Report on vaccination in Madras 1922-1929 - 1922-1929
Year: 1922
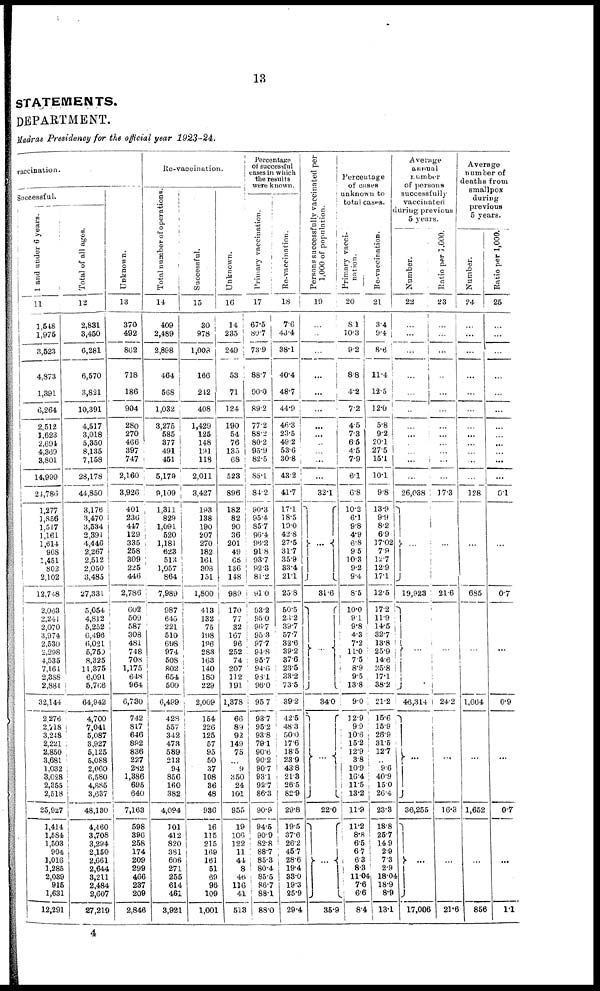
13
STATEMENTS.
DEPARTMENT.
Madras Presidency for the official year 1923-24.
vaccination.
Successful.
1 and under 6 years.
11
1,548
1,975
3,523
4,873
1,391
6,264
2,512
1,623
2,694
4,369
3,801
14,999
21,786
1,277
1,856
1,517
1,161
1,614
968
1,451
802
2,102
12,748
2,083
2,241
2,070
3,974
2,530
2,298
4,535
7,164
2,388
2,881
32,144
2,276
2,718
3,248
2,221
2,850
3,681
1,032
3,028
2,355
2,518
25,927
1,414
1,584
1,503
904
1,016
1,285
2,039
915
1,631
12,291
Total of all ages.
12
2,831
3,450
6,281
6,570
3,821
10,391
4,517
3,018
5,350
8,135
7,158
28,178
44,850
3,176
3,470
3,534
2,391
4,446
2,267
2,512
2,050
3,485
27,331
5,054
4,812
5,252
6,496
6,021
5,750
8,325
11,375
6,091
5,766
64,942
4,700
7,041
5,087
3,927
5,125
5,088
2,060
6,580
4,885
3,637
48,130
4,460
3,708
3,294
2,150
2,661
2,644
3,211
2,484
2,607
27,219
Unknown.
13
370
492
862
718
186
904
280
270
466
397
747
2,160
3,926
401
236
447
129
335
258
309
225
446
2,786
602
509
587
308
481
748
708
1,175
648
964
6,730
742
817
646
892
836
227
282
1,386
695
640
7,163
598
396
258
174
209
299
466
237
209
2,846
Re-vaccination.
Total number of operations.
14
409
2,489
2,898
464
568
1,032
3,275
585
377
491
451
5,179
9,109
1,311
829
1,091
520
1,181
623
513
1,057
864
7,989
987
645
221
510
698
974
508
802
654
500
6,499
428
557
342
473
589
213
94
856
160
382
4,094
101
412
820
381
606
271
255
614
461
3,921
Successful.
15
30
978
1,008
166
242
408
1,429
125
148
191
118
2,011
3,427
193
138
190
207
270
182
161
308
151
1,800
413
132
75
198
196
283
163
140
180
229
2,009
154
226
125
57
95
50
37
108
36
48
936
16
115
215
169
161
51
69
96
109
1,001
Unknown.
16
14
235
249
53
71
124
190
54
76
135
68
523
896
182
82
90
36
201
49
65
136
148
989
170
77
32
167
96
252
74
207
112
191
1,378
66
89
92
149
75
...
9
350
24
101
955
19
106
122
11
44
8
46
116
41
513
Percentage
of successful
cases in which
the results
were known.
Primary vaccination.
17
67.5
80.7
73.9
88.7
90.0
89.2
77.2
88.2
80.2
95.9
82.5
85.1
84.2
90.3
95.4
85.7
96.4
96.2
91.8
93.7
92.3
81.2
91.0
93.2
95.0
96.7
95.3
97.7
94.8
95.7
94.6
98.1
96.0
95.7
93.7
95.2
93.8
79.1
90.6
90.2
90.7
93.1
92.7
86.3
90.9
94.5
90.9
82.8
88.7
85.3
80.4
85.5
86.7
88.1
88.0
Re-vaccination.
18
7.6
43.4
38.1
40.4
48.7
44.9
46.3
23.5
49.2
53.6
30.8
43.2
41.7
17.1
18.5
19.0
42.8
27.5
31.7
35.9
33.4
21.1
25.8
50.5
23.2
39.7
57.7
32.6
39.2
37.6
23.5
33.2
73.5
39.2
42.5
48.3
50.0
17.6
18.5
23.9
43.8
21.3
26.5
82.9
29.8
19.5
37.6
26.2
45.7
28.6
19.4
33.0
19.3
25.9
29.4
Persons successfully vaccinated per
1,000 of population.
19
...
...
...
...
...
...
...
...
...
...
...
...
32.1
...
31.6
...
34.0
...
22.0
...
35.9
Percentage
of cases
unknown to
total cases.
Primary vacci-
nation.
20
8.1
10.3
9.2
8.8
4.2
7.2
4.5
7.3
6.5
4.5
7.9
6.1
6.8
10.2
6.1
9.8
4.9
6.8
9.5
10.3
9.2
9.4
8.5
10.0
9.1
9.8
4.3
7.2
11.0
7.5
8.9
9.5
13.8
9.0
12.9
9.9
10.6
15.2
12.9
3.8
10.9
16.4
11.5
13.2
11.9
11.2
8.8
6.5
6.7
6.3
8.3
11.04
7.6
6.6
8.4
Re-vaccination.
21
3.4
9.4
8.6
11.4
12.5
12.0
5.8
9.2
20.1
27.5
15.1
10.1
9.8
13.9
9.9
8.2
6.9
17.02
7.9
12.7
12.9
17.1
12.5
17.2
11.9
14.5
32.7
13.8
25.9
14.6
25.8
17.1
38.2
21.2
15.6
15.9
26.9
31.5
12.7
...
9.6
40.9
15.0
26.4
23.3
18.8
25.7
14.9
2.9
7.3
2.9
18.04
18.9
8.9
13.1
Average
annual
number
of persons
successfully
vaccinated
during previous
5 years.
Number.
22
...
...
...
...
...
...
...
...
...
...
...
...
26,038
...
19,923
...
46,314
...
36,255
...
17,006
Ratio par 5,000.
23
...
...
...
...
...
...
...
...
...
...
...
...
17.3
...
21.6
...
24.2
...
16.3
...
21.6
Average
number of
deaths from
smallpox
during
previous
5 years.
Number.
24
...
...
...
...
...
...
...
...
...
...
...
...
128
...
685
...
1,664
...
1,652
...
856
Ratio per 1,000.
25
...
...
...
...
...
...
...
...
...
...
...
...
0.1
...
0.7
...
0.9
...
0.7
...
1.1
4